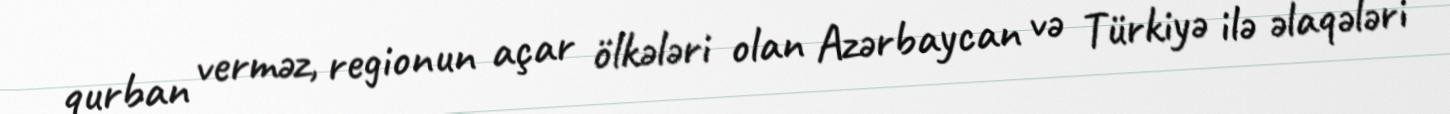
qurban verməz, regionun açar ölkələri olan Azərbaycan və Türkiyə ilə əlaqələri